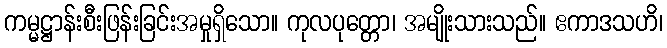
ကမ္မဋ္ဌာန်းစီးဖြန်းခြင်းအမှုရှိသော။ ကုလပုတ္တော၊ အမျိုးသားသည်။ ဧကာဒသဟိ၊